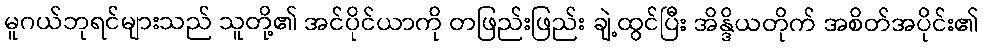
မူဂယ်ဘုရင်များသည် သူတို့၏ အင်ပိုင်ယာကို တဖြည်းဖြည်း ချဲ့ထွင်ပြီး အိန္ဒိယတိုက် အစိတ်အပိုင်း၏